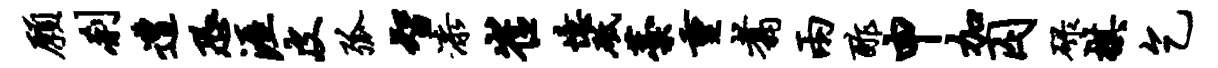
愿刹遭恐涯皮弧智漆崔忆砥藁重翥两酢申加囚碌棋乞